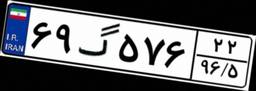
۶۹گ۵۷۶۲۲